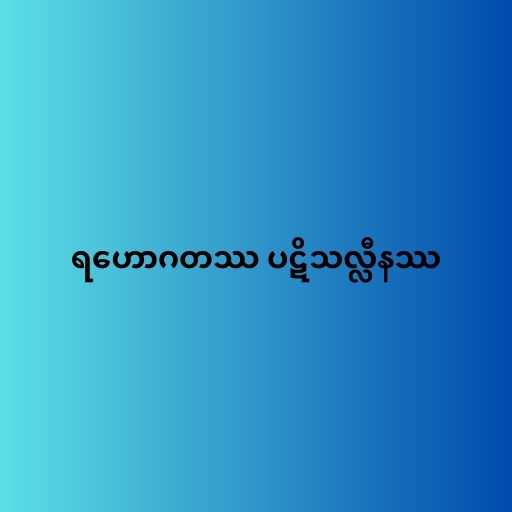
ရဟောဂတဿ ပဋိသလ္လီနဿ